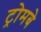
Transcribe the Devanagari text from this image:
ट्रोमबे